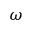
\omega